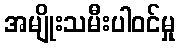
အမျိုးသမီးပါဝင်မှု